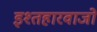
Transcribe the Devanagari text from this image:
इश्तहारवाजों